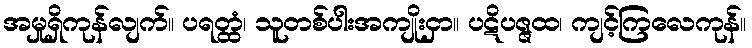
အမှုရှိကုန်လျက်။ ပရတ္ထံ၊ သူတစ်ပါးအကျိုးငှာ။ ပဋိပဇ္ဇထ၊ ကျင့်ကြလေကုန်။